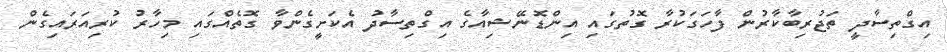
އިގްތިސާދީ ތަޖުރިބާކާރުން ފާހަގަކުރާ ގޮތުގައި އިންޑޮނޭޝިއާގެ އިގްތިސާދު އެކަށީގެންވާ ގޮތެއްގައި މިހާރު ކުރިއަރައިގެން